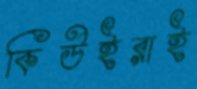
কিউইরাই